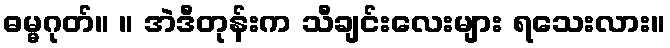
ဓမ္မဂုတ်။ ။ အဲဒီတုန်းက သီချင်းလေးများ ရသေးလား။